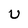
Character: U